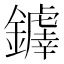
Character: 𫓗